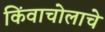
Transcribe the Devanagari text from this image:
किंवाचोलाचे